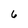
Character: 6